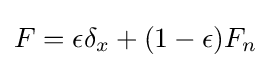
F=\epsilon \delta _{x}+(1-\epsilon )F_{n}